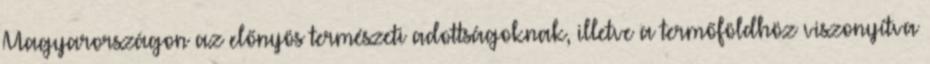
Magyarországon az előnyös természeti adottságoknak, illetve a termőföldhöz viszonyítva